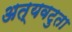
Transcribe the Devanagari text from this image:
अत्यवटुता